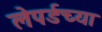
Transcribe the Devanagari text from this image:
लेपर्डच्या